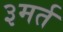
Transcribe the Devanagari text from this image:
३मर्त